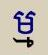
ម្ម